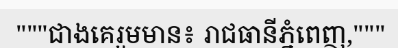
"""ជាងគេរួមមាន៖ រាជធានីភ្នំពេញ,"""